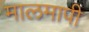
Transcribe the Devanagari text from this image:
मालमापी